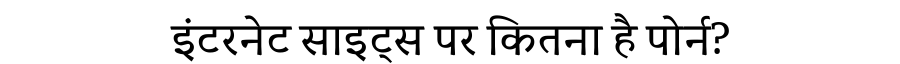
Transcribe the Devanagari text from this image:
इंटरनेट साइट्स पर कितना है पोर्न?